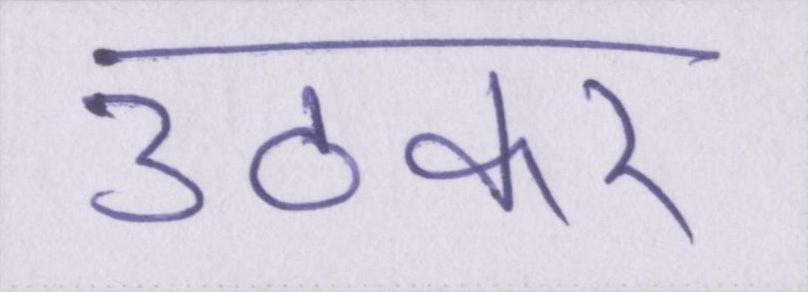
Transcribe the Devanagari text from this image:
उठकर